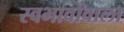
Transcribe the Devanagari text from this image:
स्वभावोंवाला